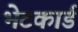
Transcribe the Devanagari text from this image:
भेटकार्ड